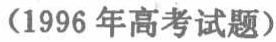
（1996 年高考试题）